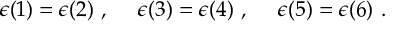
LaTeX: \epsilon ( 1 ) = \epsilon ( 2 ) ~ , ~ ~ ~ ~ \epsilon ( 3 ) = \epsilon ( 4 ) ~ , ~ ~ ~ ~ \epsilon ( 5 ) = \epsilon ( 6 ) ~ .